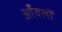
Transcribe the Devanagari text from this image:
आँवलों